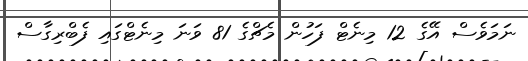
ނަމަވެސް އޭގެ 12 މިނެޓް ފަހުން މެޗްގެ 81 ވަނަ މިނެޓްގައި ފެބްރިގާސް